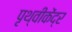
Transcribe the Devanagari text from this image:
पृथ्वीकेंद्र